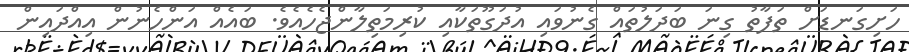
ހަށިގަނޑަށް ތަފާތު ގިނަ ބަދަލުތައް ގެނުވައި އުދަގޫތަކާއި ކުރިމަތިލާންޖެހެއެވެ. ބައެއް އަންހެނުން އިއްދައިން